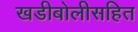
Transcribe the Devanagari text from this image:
खडीबोलीसहित